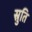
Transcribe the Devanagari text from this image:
स्रुति